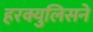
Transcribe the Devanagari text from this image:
हरक्युलिसने